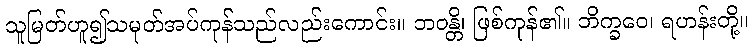
သူမြတ်ဟူ၍သမုတ်အပ်ကုန်သည်လည်းကောင်း။ ဘဝန္တိ၊ ဖြစ်ကုန်၏။ ဘိက္ခဝေ၊ ရဟန်းတို့။